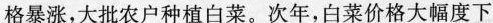
格暴涨，大批农户种植白菜。次年，白菜价格大幅度下